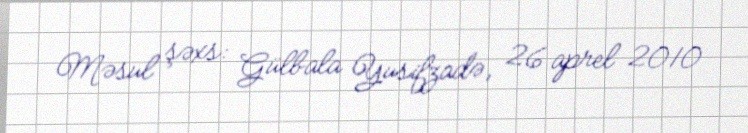
Məsul şəxs: Gülbala Yusifzadə, 26 aprel 2010